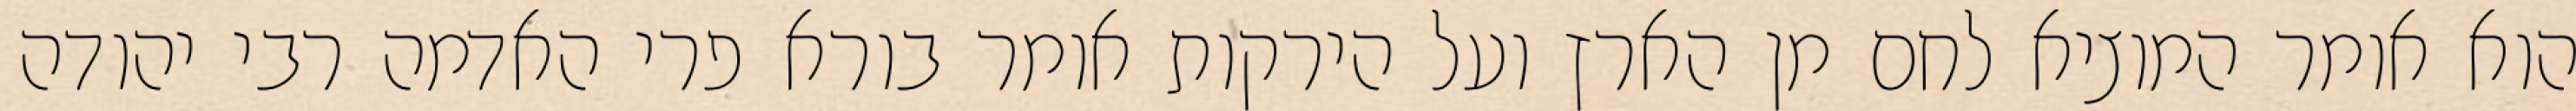
הוא אומר המוציא לחם מן הארץ ועל הירקות אומר בורא פרי האדמה רבי יהודה